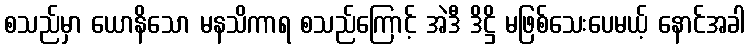
စသည်မှာ ယောနိသော မနသိကာရ စသည်ကြောင့် အဲဒီ ဒိဋ္ဌိ မဖြစ်သေးပေမယ့် နောင်အခါ